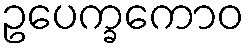
ဥပေက္ခကောဝ